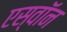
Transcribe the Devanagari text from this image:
एस्वॉन